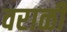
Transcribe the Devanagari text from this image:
वराळी